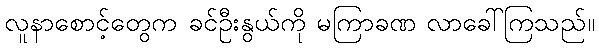
လူနာစောင့်တွေက ခင်ဦးနွယ်ကို မကြာခဏ လာခေါ်ကြသည်။